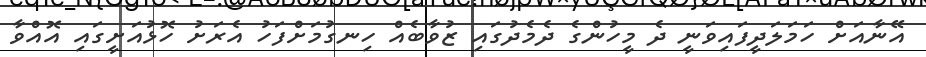
އޭނާއަށް ހަމަލަދީފައިވަނީ ދެ މީހުންގެ ދެމެދުގައި ޒުވާބެއް ހިނގުމަށްފަހު އެރަށު ހޮޅުއަށީގައި އޮއްވާ